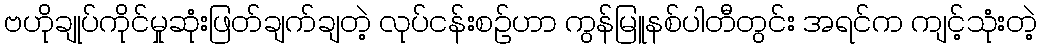
ဗဟိုချုပ်ကိုင်မှုဆုံးဖြတ်ချက်ချတဲ့ လုပ်ငန်းစဉ်ဟာ ကွန်မြူနစ်ပါတီတွင်း အရင်က ကျင့်သုံးတဲ့